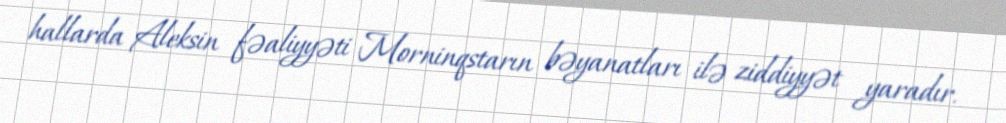
hallarda Aleksin fəaliyyəti Morninqstarın bəyanatları ilə ziddiyyət yaradır.